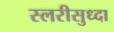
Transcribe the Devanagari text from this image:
स्लरीसुध्दा